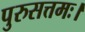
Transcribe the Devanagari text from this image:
पुरुसत्तमः।